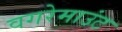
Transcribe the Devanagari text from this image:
वगरेमाउंट